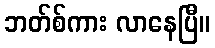
ဘတ်စ်ကား လာနေပြီ။